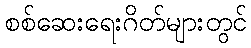
စစ်ဆေးရေးဂိတ်များတွင်